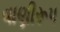
વાણીરૂપ